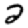
Digit: 2